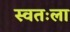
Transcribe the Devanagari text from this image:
स्‍वतःला